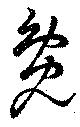
毚